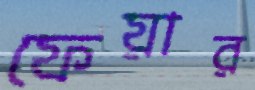
ফেয়ার